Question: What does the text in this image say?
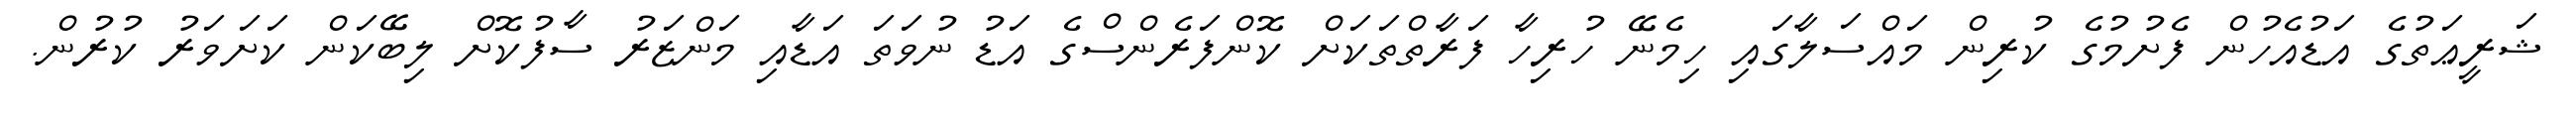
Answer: ޝަރީޢަތުގެ އަޑުއެހުން ފެށުމުގެ ކުރިން މައްސަލާގައި ހިމެނޭ ހުރިހާ ފަރާތްތަކަށް ކޮންފަރެންސްގެ އަޑު ނުވަތަ އަޑާއި މަންޒަރު ސާފުކޮށް ލިބޭކަން ކަށަވަރު ކުރުން.